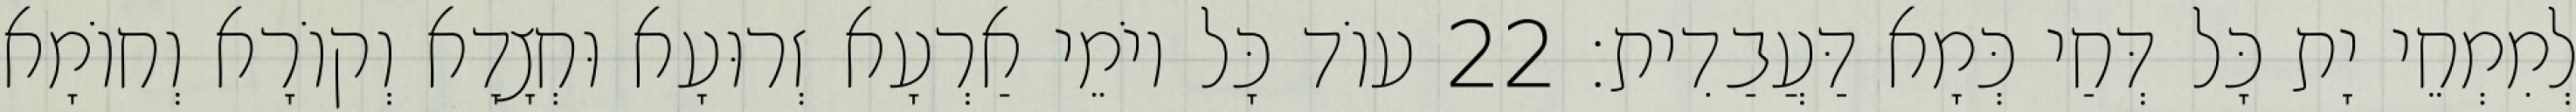
לְמִמְחֵי יָת כָּל דְּחַי כְּמָא דַּעֲבַדִית׃ 22 עוֹד כָּל יוֹמֵי אַרְעָא זְרוּעָא וּחְצָדָא וְקוֹרָא וְחוֹמָא